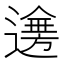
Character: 𨗤